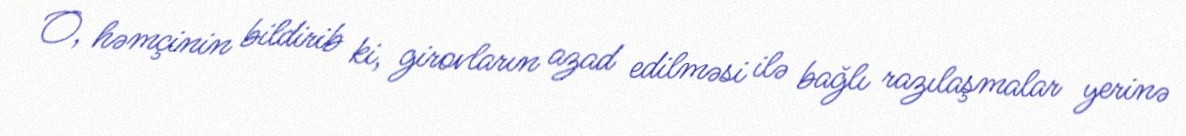
O, həmçinin bildirib ki, girovların azad edilməsi ilə bağlı razılaşmalar yerinə